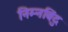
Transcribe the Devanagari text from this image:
निम्नबिंदु